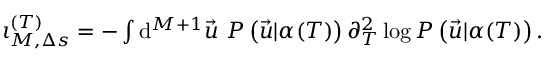
\begin{array} { r } { \iota _ { M , \Delta s } ^ { ( T ) } = - \int \mathrm { d } ^ { M + 1 } \vec { u } \ P \left( \vec { u } | \alpha ( T ) \right) \partial _ { T } ^ { 2 } \log P \left( \vec { u } | \alpha ( T ) \right) . } \end{array}